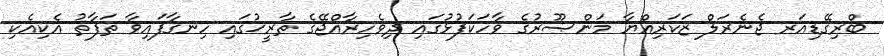
ބްރިގޭޑިއަރ ޖެނެރަލް ޒަކަރިއްޔާ މަންޞޫރުގެ ވާހަކަފުޅުގައި ދިވެހިރާއްޖޭގެ ތާރީޚުގައި ހިނގާފައިވާ ތަފާތު އެކިއެކި